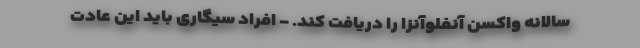
سالانه واکسن آنفلوآنزا را دریافت کند. - افراد سیگاری باید این عادت